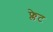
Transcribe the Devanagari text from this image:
फ्लेट